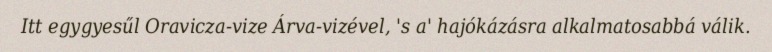
Itt egygyesűl Oravicza-vize Árva-vizével, 's a' hajókázásra alkalmatosabbá válik.